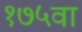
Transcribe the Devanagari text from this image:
१७५वा